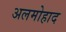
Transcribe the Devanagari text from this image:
अलमोहाद